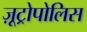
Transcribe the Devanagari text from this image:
ज़ूट्रोपोलिस